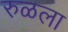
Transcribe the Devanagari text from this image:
रुळला